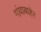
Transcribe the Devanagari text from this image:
गांवाबाहेर